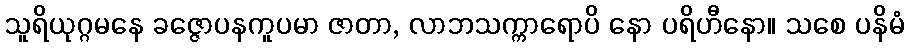
သူရိယုဂ္ဂမနေ ခဇ္ဇောပနကူပမာ ဇာတာ, လာဘသက္ကာရောပိ နော ပရိဟီနော။ သစေ ပနိမံ